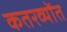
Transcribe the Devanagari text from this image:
कतरव्योंत